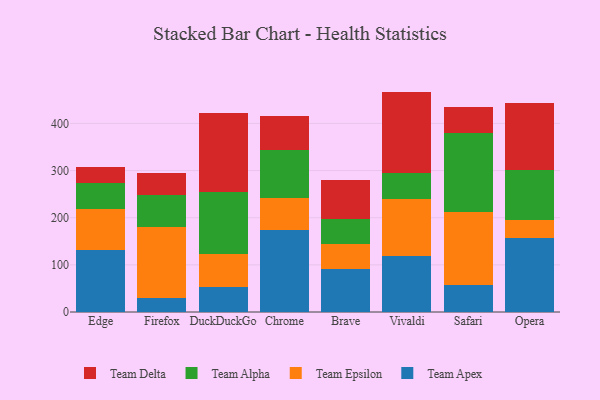
{"axis": {"x": "Browser", "y": "Conversion Rate (%)"}, "legend": ["Team Alpha", "Team Apex", "Team Delta", "Team Epsilon"], "data": [{"x": "Edge", "y": 131.9, "type": "Team Apex"}, {"x": "Edge", "y": 87.2, "type": "Team Epsilon"}, {"x": "Edge", "y": 54.0, "type": "Team Alpha"}, {"x": "Edge", "y": 35.5, "type": "Team Delta"}, {"x": "Firefox", "y": 30.4, "type": "Team Apex"}, {"x": "Firefox", "y": 149.5, "type": "Team Epsilon"}, {"x": "Firefox", "y": 69.0, "type": "Team Alpha"}, {"x": "Firefox", "y": 46.4, "type": "Team Delta"}, {"x": "DuckDuckGo", "y": 53.9, "type": "Team Apex"}, {"x": "DuckDuckGo", "y": 70.1, "type": "Team Epsilon"}, {"x": "DuckDuckGo", "y": 131.5, "type": "Team Alpha"}, {"x": "DuckDuckGo", "y": 167.0, "type": "Team Delta"}, {"x": "Chrome", "y": 173.1, "type": "Team Apex"}, {"x": "Chrome", "y": 68.8, "type": "Team Epsilon"}, {"x": "Chrome", "y": 102.3, "type": "Team Alpha"}, {"x": "Chrome", "y": 71.0, "type": "Team Delta"}, {"x": "Brave", "y": 92.0, "type": "Team Apex"}, {"x": "Brave", "y": 51.3, "type": "Team Epsilon"}, {"x": "Brave", "y": 53.3, "type": "Team Alpha"}, {"x": "Brave", "y": 82.8, "type": "Team Delta"}, {"x": "Vivaldi", "y": 119.1, "type": "Team Apex"}, {"x": "Vivaldi", "y": 120.0, "type": "Team Epsilon"}, {"x": "Vivaldi", "y": 54.7, "type": "Team Alpha"}, {"x": "Vivaldi", "y": 173.7, "type": "Team Delta"}, {"x": "Safari", "y": 56.6, "type": "Team Apex"}, {"x": "Safari", "y": 156.2, "type": "Team Epsilon"}, {"x": "Safari", "y": 167.3, "type": "Team Alpha"}, {"x": "Safari", "y": 53.7, "type": "Team Delta"}, {"x": "Opera", "y": 156.3, "type": "Team Apex"}, {"x": "Opera", "y": 38.5, "type": "Team Epsilon"}, {"x": "Opera", "y": 106.9, "type": "Team Alpha"}, {"x": "Opera", "y": 141.2, "type": "Team Delta"}]}